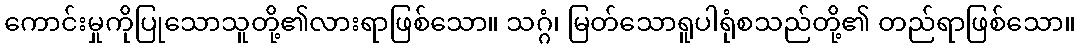
ကောင်းမှုကိုပြုသောသူတို့၏လားရာဖြစ်သော။ သဂ္ဂံ၊ မြတ်သောရူပါရုံစသည်တို့၏ တည်ရာဖြစ်သော။